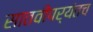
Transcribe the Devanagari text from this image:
सातवीपर्यंतच